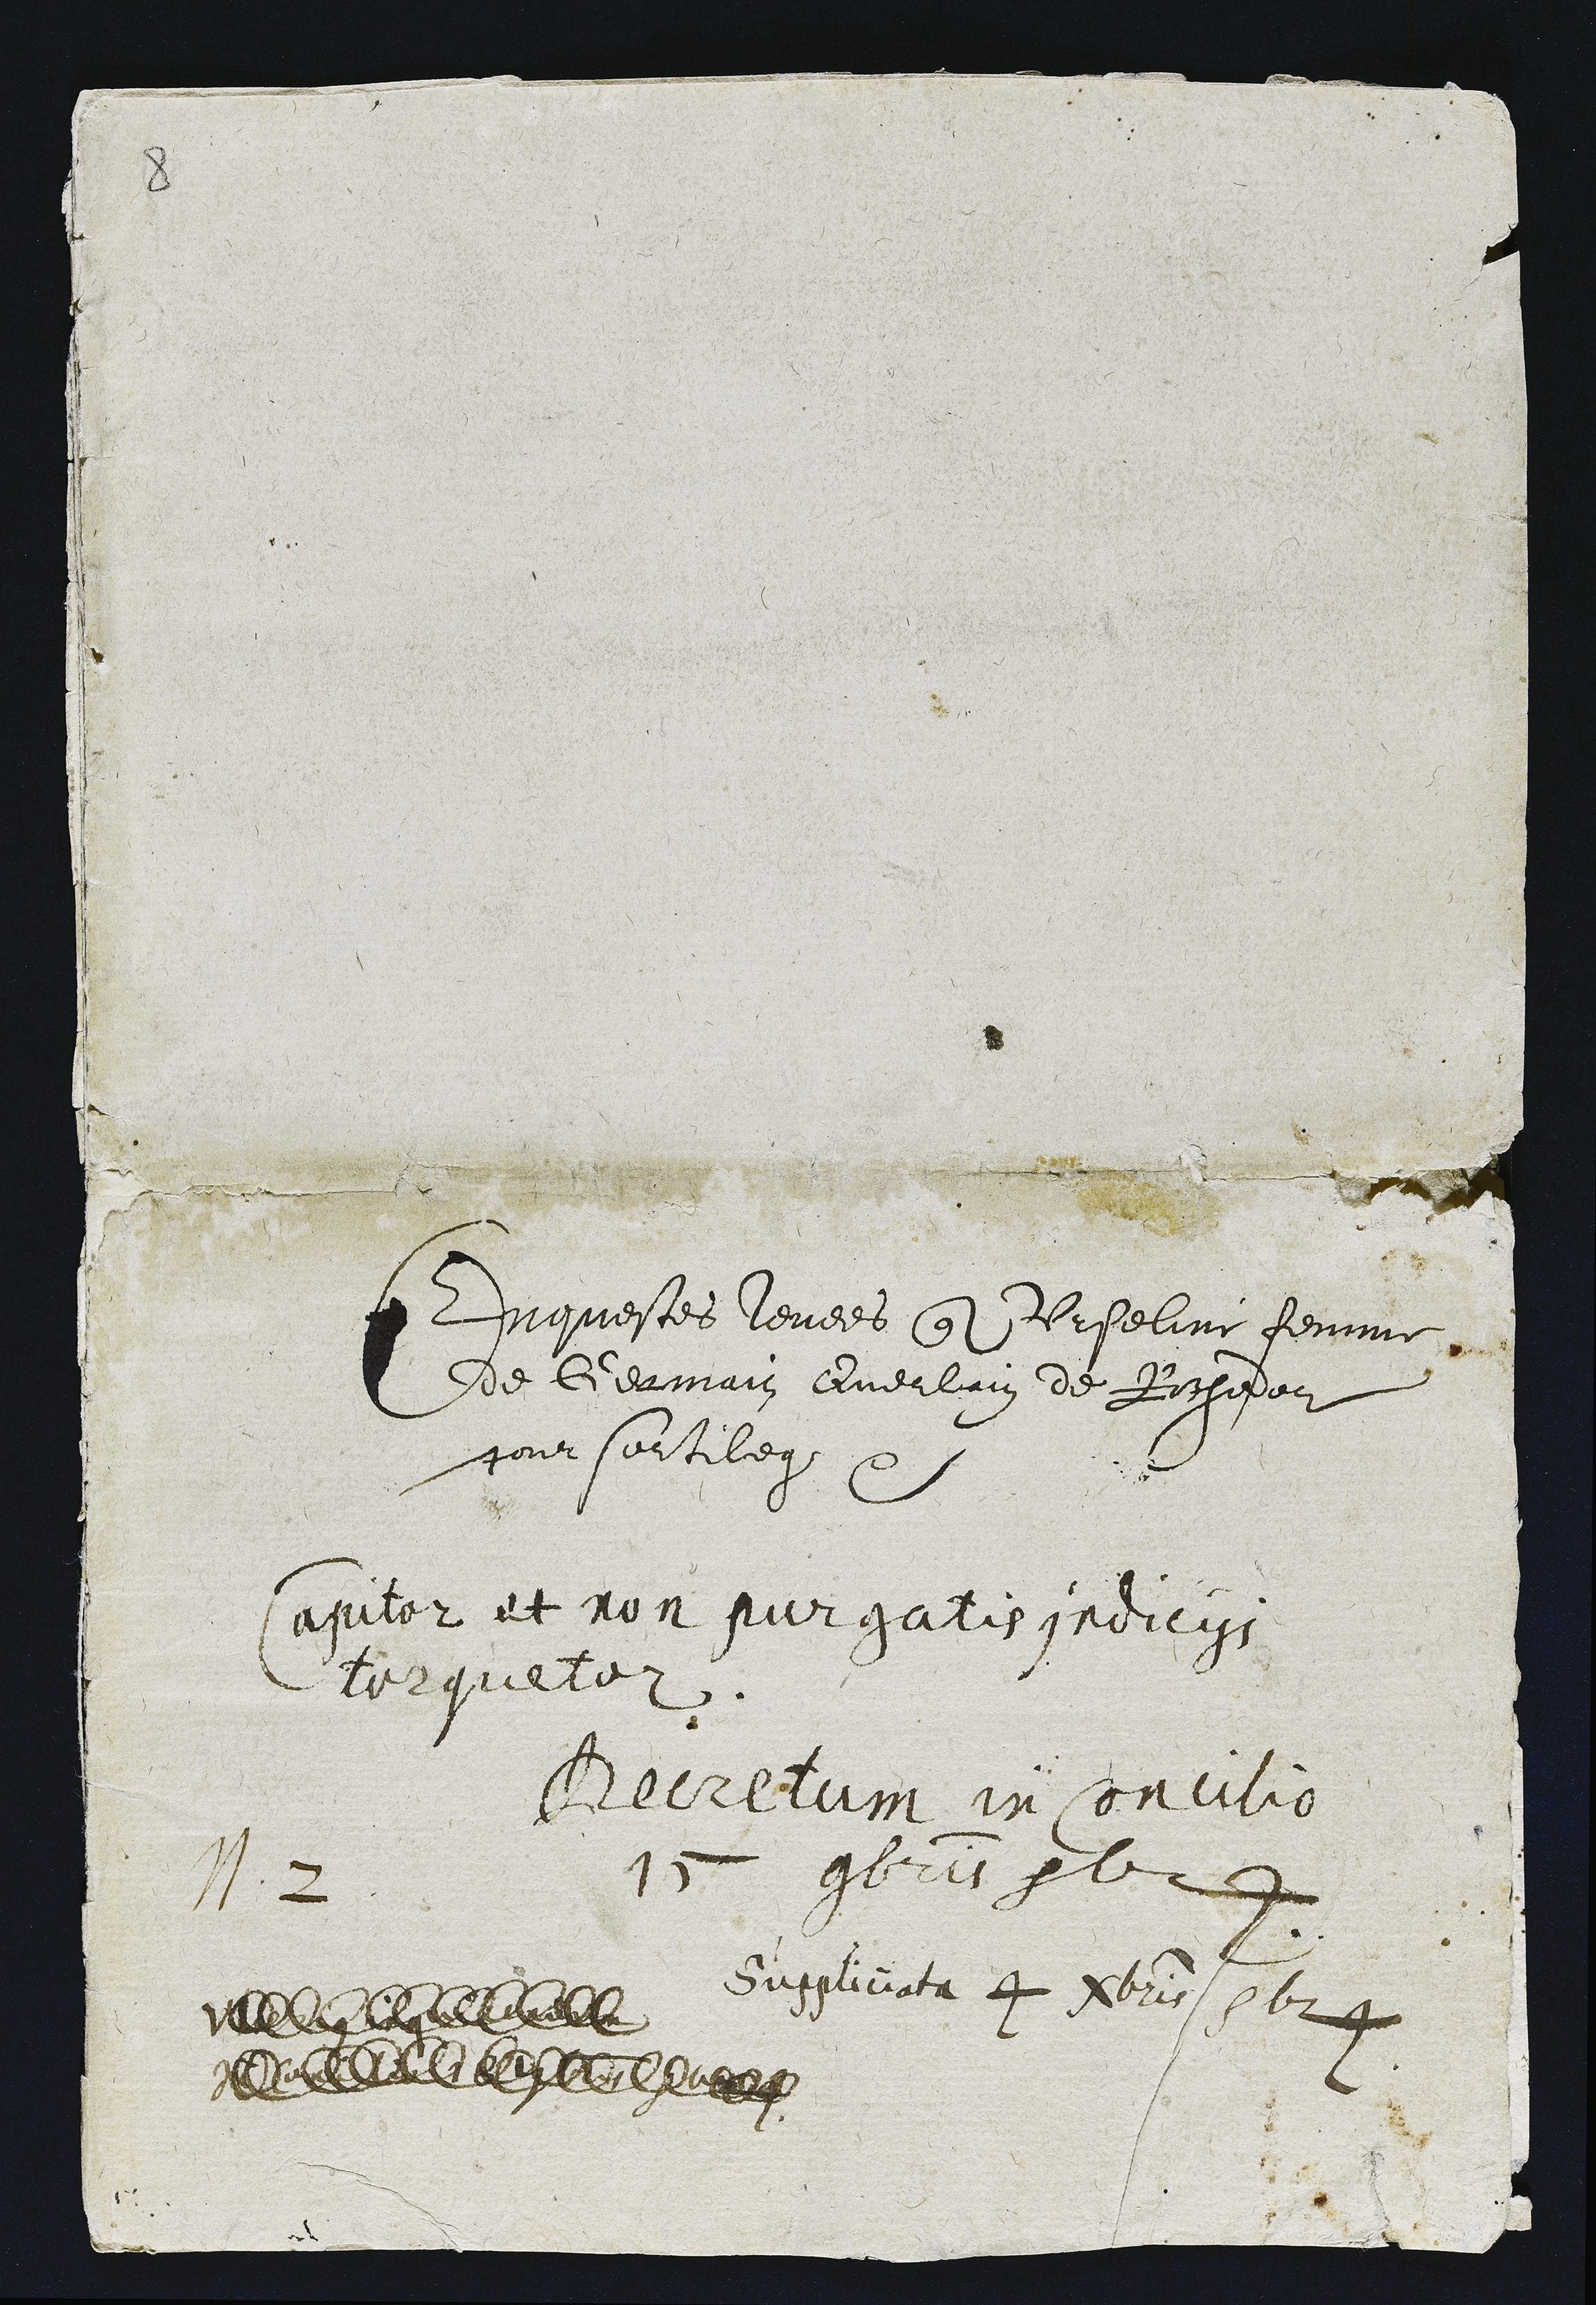
12

Drquestes levees qute Vrseline femme
de Germain Querlain de Rochedor
pour sortilege

apiler et non sier gelis yaeiegs
202qu5252

Gerelan 11 sonrili0
19 pl2+

Guglirata 4 22 1624